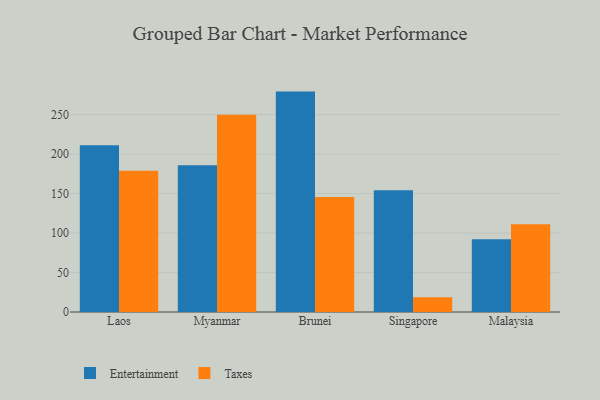
{"axis": {"x": "Country", "y": "Temperature (°C)"}, "legend": ["Entertainment", "Taxes"], "data": [{"x": "Laos", "y": 211.3, "type": "Entertainment"}, {"x": "Laos", "y": 178.9, "type": "Taxes"}, {"x": "Myanmar", "y": 185.8, "type": "Entertainment"}, {"x": "Myanmar", "y": 249.9, "type": "Taxes"}, {"x": "Brunei", "y": 279.2, "type": "Entertainment"}, {"x": "Brunei", "y": 145.6, "type": "Taxes"}, {"x": "Singapore", "y": 154.3, "type": "Entertainment"}, {"x": "Singapore", "y": 18.7, "type": "Taxes"}, {"x": "Malaysia", "y": 92.1, "type": "Entertainment"}, {"x": "Malaysia", "y": 111.3, "type": "Taxes"}]}